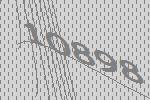
10898